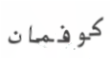
كوفمان